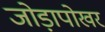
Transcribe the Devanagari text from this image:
जोड़ापोखर